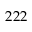
2 2 2